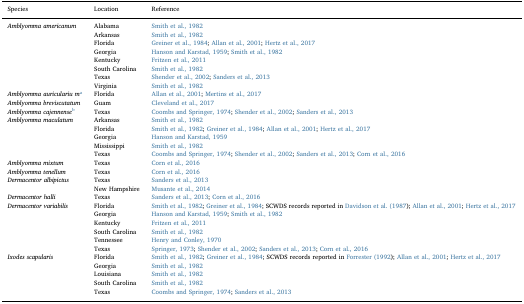
<table><thead><tr><td><b>Species</b></td><td><b>Location</b></td><td><b>Reference</b></td></tr></thead><tbody><tr><td rowspan="8"><i>Amblyomma americanum</i></td><td>Alabama</td><td>Smith et al., 1982</td></tr><tr><td>Arkansas</td><td>Smith et al., 1982</td></tr><tr><td>Florida</td><td>Greiner et al., 1984; Allan et al., 2001; Hertz et al., 2017</td></tr><tr><td>Georgia</td><td>Hanson and Karstad, 1959; Smith et al., 1982</td></tr><tr><td>Kentucky</td><td>Fritzen et al., 2011</td></tr><tr><td>South Carolina</td><td>Smith et al., 1982</td></tr><tr><td>Texas</td><td>Shender et al., 2002; Sanders et al., 2013</td></tr><tr><td>Virginia</td><td>Smith et al., 1982</td></tr><tr><td><i>Amblyomma auriculariu m</i>a</td><td>Florida</td><td>Allan et al., 2001; Mertins et al., 2017</td></tr><tr><td><i>Amblyomma breviscutatum</i></td><td>Guam</td><td>Cleveland et al., 2017</td></tr><tr><td><i>Amblyomma cajennense</i>b</td><td>Texas</td><td>Coombs and Springer, 1974; Shender et al., 2002; Sanders et al., 2013</td></tr><tr><td rowspan="5"><i>Amblyomma maculatum</i></td><td>Arkansas</td><td>Smith et al., 1982</td></tr><tr><td>Florida</td><td>Smith et al., 1982; Greiner et al., 1984; Allan et al., 2001; Hertz et al., 2017</td></tr><tr><td>Georgia</td><td>Hanson and Karstad, 1959</td></tr><tr><td>Mississippi</td><td>Smith et al., 1982</td></tr><tr><td>Texas</td><td>Coombs and Springer, 1974; Shender et al., 2002; Sanders et al., 2013; Corn et al., 2016</td></tr><tr><td><i>Amblyomma mixtum</i></td><td>Texas</td><td>Corn et al., 2016</td></tr><tr><td><i>Amblyomma tenellum</i></td><td>Texas</td><td>Corn et al., 2016</td></tr><tr><td rowspan="2"><i>Dermacentor albipictus</i></td><td>Texas</td><td>Sanders et al., 2013</td></tr><tr><td>New Hampshire</td><td>Musante et al., 2014</td></tr><tr><td><i>Dermacentor halli</i></td><td>Texas</td><td>Sanders et al., 2013; Corn et al., 2016</td></tr><tr><td rowspan="6"><i>Dermacentor variabilis</i></td><td>Florida</td><td>Smith et al., 1982; Greiner et al., 1984; SCWDS records reported in Davidson et al. (1987); Allan et al., 2001; Hertz et al., 2017</td></tr><tr><td>Georgia</td><td>Hanson and Karstad, 1959; Smith et al., 1982</td></tr><tr><td>Kentucky</td><td>Fritzen et al., 2011</td></tr><tr><td>South Carolina</td><td>Smith et al., 1982</td></tr><tr><td>Tennessee</td><td>Henry and Conley, 1970</td></tr><tr><td>Texas</td><td>Springer, 1973; Shender et al., 2002; Sanders et al., 2013; Corn et al., 2016</td></tr><tr><td rowspan="5"><i>Ixodes scapularis</i></td><td>Florida</td><td>Smith et al., 1982; Greiner et al., 1984; SCWDS records reported in Forrester (1992); Allan et al., 2001; Hertz et al., 2017</td></tr><tr><td>Georgia</td><td>Smith et al., 1982</td></tr><tr><td>Louisiana</td><td>Smith et al., 1982</td></tr><tr><td>South Carolina</td><td>Smith et al., 1982</td></tr><tr><td>Texas</td><td>Coombs and Springer, 1974; Sanders et al., 2013</td></tr></tbody></table>